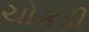
ચોકડી